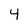
Character: 4